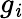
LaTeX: g_{\mathit{i}}